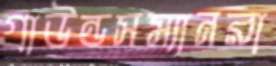
গ্রাউন্ডসম্যানরা